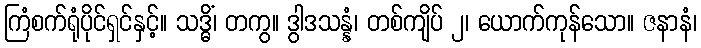
ကြံစက်ရုံပိုင်ရှင်နှင့်။ သဒ္ဓိံ၊ တကွ။ ဒွါဒသန္နံ၊ တစ်ကျိပ် ၂၊ ယောက်ကုန်သော။ ဇနာနံ၊